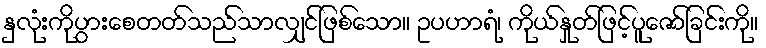
နှလုံးကိုပွားစေတတ်သည်သာလျှင်ဖြစ်သော။ ဥပဟာရံ၊ ကိုယ်နှုတ်ဖြင့်ပူဇော်ခြင်းကို။